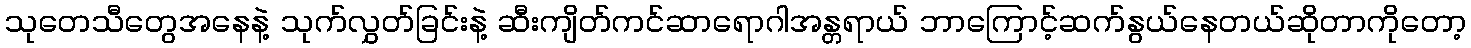
သုတေသီတွေအနေနဲ့ သုက်လွှတ်ခြင်းနဲ့ ဆီးကျိတ်ကင်ဆာရောဂါအန္တရာယ် ဘာကြောင့်ဆက်နွယ်နေတယ်ဆိုတာကိုတော့